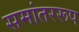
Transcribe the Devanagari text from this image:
समांतररूप